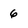
Character: 6